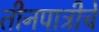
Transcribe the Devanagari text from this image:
तीनपात्रीचे